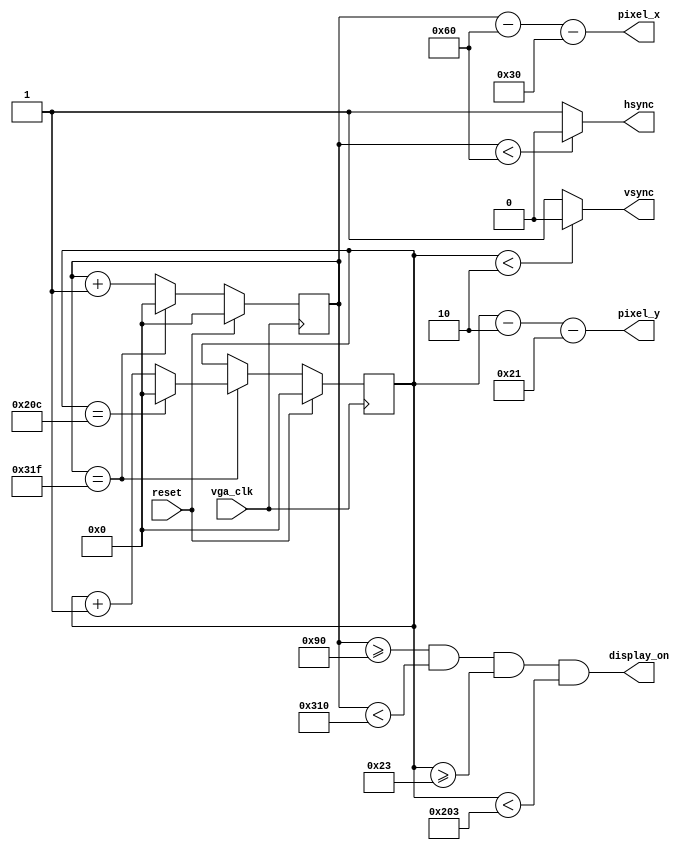
module vga_sync(
	input vga_clk,				// VGAʱ
	input reset,				// λź

	output hsync,				// ͬź 
	output vsync,				// ͬź 

	output display_on, 			// Ƿʾ
	output [10:0] pixel_x,	    // ǰص
	output [10:0] pixel_y	    // ǰص
);
	
	// VGAͬ
	parameter H_DISPLAY       = 640; 	// Чʾ 
	parameter H_L_BORDER      =  48; 	// ߿
	parameter H_R_BORDER      =  16; 	// ұ߿
	parameter H_SYNC          =  96; 	// ͬ 
	parameter H_MAX           = H_DISPLAY + H_L_BORDER + H_R_BORDER + H_SYNC - 1;
	
	parameter V_DISPLAY       = 480;	// Чʾ 
	parameter V_T_BORDER      =  33;	// ϱ߿
	parameter V_B_BORDER      =  10;	// ±߿
	parameter V_SYNC          =   2;	// ͬ 
	parameter V_MAX           = V_DISPLAY + V_T_BORDER + V_B_BORDER + V_SYNC - 1;   

	// VGAгͬź
	assign hsync = (h_cnt < H_SYNC) ? 1'b0 : 1'b1;
	assign vsync = (v_cnt < V_SYNC) ? 1'b0 : 1'b1;
	
    // Ƿʾ
	assign display_on = (h_cnt >= H_SYNC + H_L_BORDER) && (h_cnt < H_SYNC + H_L_BORDER + H_DISPLAY)
						&& (v_cnt >= V_SYNC + V_T_BORDER) && (v_cnt < V_SYNC + V_T_BORDER + V_DISPLAY);
	
	// 
	reg [10:0] h_cnt;
	reg [10:0] v_cnt;
	assign pixel_x = h_cnt - H_SYNC - H_L_BORDER;
	assign pixel_y = v_cnt - V_SYNC - V_T_BORDER;
	
    always @ (posedge vga_clk)
    begin
        if(reset)
        begin
            h_cnt <= 0;
            v_cnt <= 0;
        end
        else
        begin
            if(h_cnt == H_MAX)
            begin
                h_cnt <= 0;
                if(v_cnt == V_MAX)
                    v_cnt <= 0;
                else
                    v_cnt <= v_cnt + 1;
            end
            else
                h_cnt <= h_cnt + 1;
        end
    end

endmodule